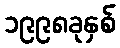
၁၉၉၈ခုနှစ်